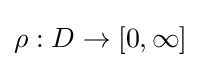
\rho :D\to [0,\infty ]